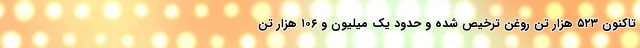
تاکنون ۵۲۳ هزار تن روغن ترخیص شده و حدود یک میلیون و ۱۰۶ هزار تن